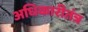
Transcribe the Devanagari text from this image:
अधिकारीतंत्र